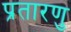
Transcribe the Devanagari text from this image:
प्रतारणु